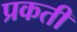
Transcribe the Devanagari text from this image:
प्रकती